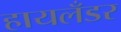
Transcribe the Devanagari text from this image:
हायलँडर